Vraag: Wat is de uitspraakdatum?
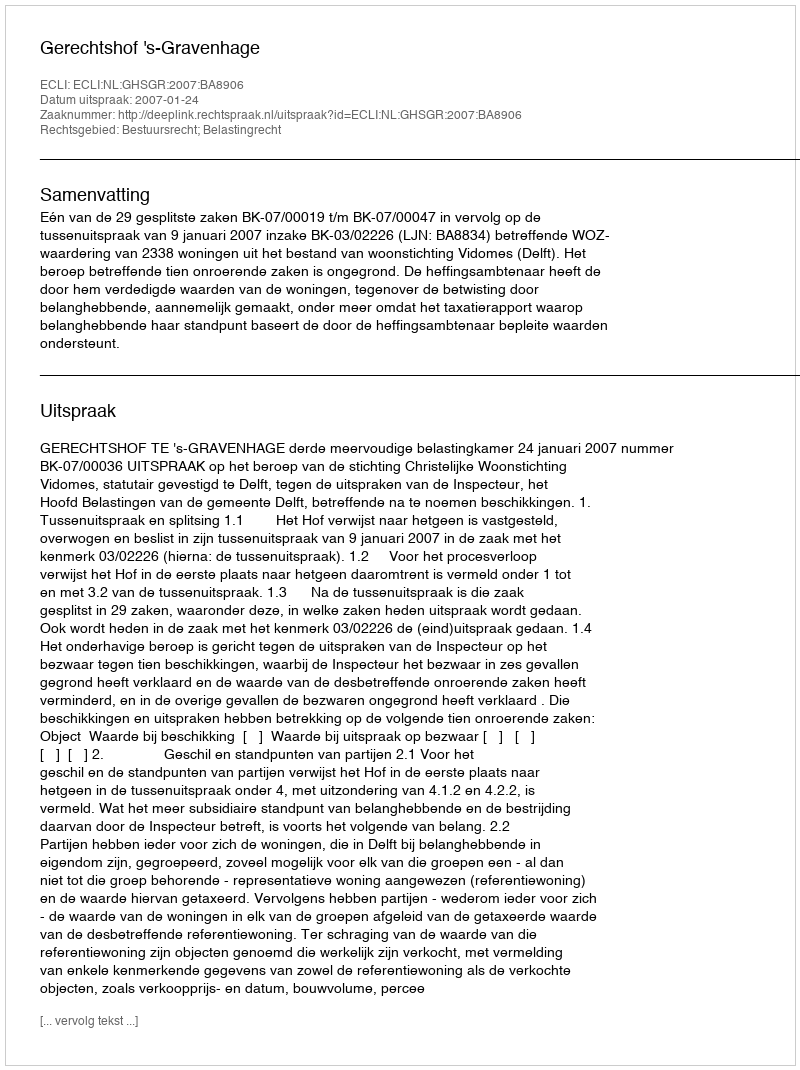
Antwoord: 2007-01-24